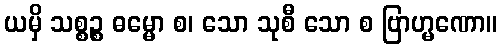
ယမှိ သစ္စဉ္စ ဓမ္မော စ၊ သော သုစီ သော စ ဗြာဟ္မဏော။